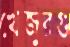
খেজুরগু